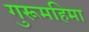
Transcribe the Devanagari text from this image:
गुरूमहिमा